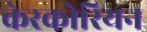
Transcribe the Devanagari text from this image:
केरकोरियन